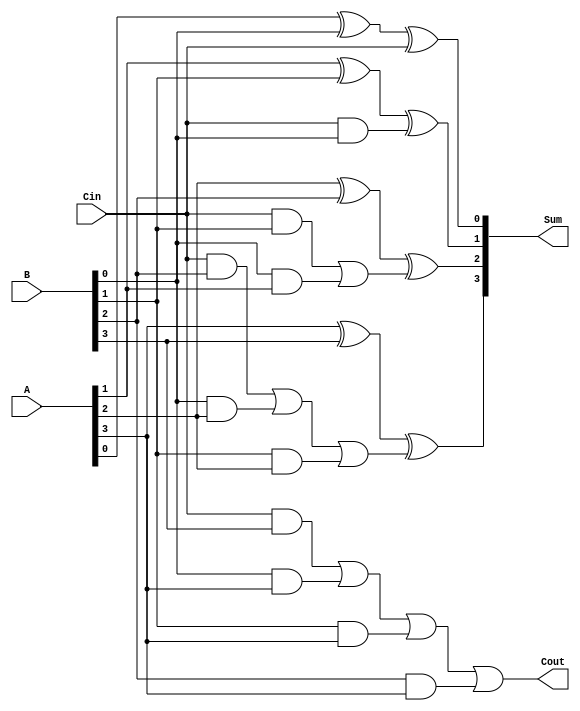
module Carry_lookahead_Subtractor (
    input [3:0] A, B, // Two 4-bit input operands
    input Cin, // Carry-in signal
    output [3:0] Sum, // 4-bit output for the subtraction result
    output Cout // Carry-out signal
    );

    wire [3:0] Bbar, C;

    assign Bbar = ~B;
    
    assign C[0] = Cin & B[0];
    assign C[1] = Cin & B[1] | B[0] & A[1];
    assign C[2] = Cin & B[2] | B[0] & A[2] | B[1] & A[2];
    assign C[3] = Cin & B[3] | B[0] & A[3] | B[1] & A[3] | B[2] & A[3];
    
    assign Sum[0] = A[0] ^ B[0] ^ Cin;
    assign Sum[1] = A[1] ^ B[1] ^ C[0];
    assign Sum[2] = A[2] ^ B[2] ^ C[1];
    assign Sum[3] = A[3] ^ B[3] ^ C[2];
    
    assign Cout = C[3];

endmodule